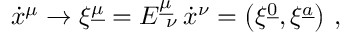
{ \dot { x } } ^ { \mu } \to \xi ^ { \underline { { { \mu } } } } = E _ { \ \nu } ^ { \underline { { { \mu } } } } \, { \dot { x } } ^ { \nu } = \left( \xi ^ { \underline { { { 0 } } } } , \xi ^ { \underline { { { a } } } } \right) \, ,